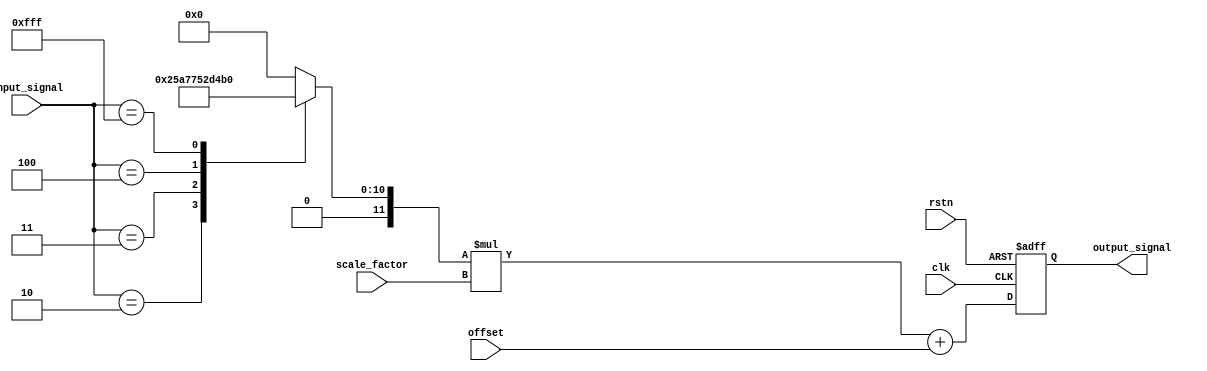
module LogarithmicWaveformGenerator (
    input wire clk,                  // Clock input
    input wire rstn,                // Asynchronous reset (active low)
    input wire [11:0] input_signal, // 12-bit digital input signal
    output reg [11:0] output_signal, // 12-bit output signal for the logarithmic waveform
    input wire [11:0] scale_factor, // Scaling factor
    input wire [11:0] offset        // Offset value for output signal
);

reg [11:0] log_output; // Output after logarithmic transformation

// Logarithm LUT (base 10, for example)
function [11:0] log_table;
    input [11:0] input_signal;
    begin
        case (input_signal)
            12'd1: log_table = 12'd0;         // log10(1) = 0
            12'd2: log_table = 12'd301;       // log10(2) approx = 0.301
            12'd3: log_table = 12'd477;       // log10(3) approx = 0.477
            12'd4: log_table = 12'd602;       // log10(4) approx = 0.602
            // Continue with further values up to max input
            // ...
            12'd4095: log_table = 12'd1200;   // log10(4095) approx
            default: log_table = 12'd4096;    // Handle invalid value (log(0) or undefined)
        endcase
    end
endfunction

// Arithmetic and Scaling Block
always @(posedge clk or negedge rstn) begin
    if (!rstn) begin
        output_signal <= 12'd0; // Reset output
    end else begin
        log_output = log_table(input_signal); // Get logarithmic output
        
        // Apply scaling and offset
        output_signal <= (log_output * scale_factor) + offset;
    end
end

endmodule